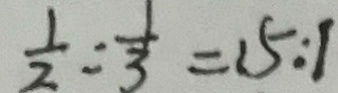
\frac { 1 } { 2 } : \frac { 1 } { 3 } = 1 5 : 1